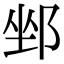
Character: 𨛏